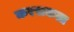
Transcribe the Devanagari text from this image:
करसकता